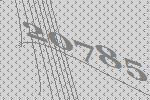
20785